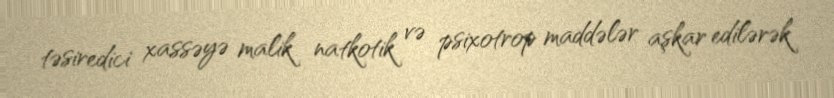
təsiredici xassəyə malik natkotik və psixotrop maddələr aşkar edilərək